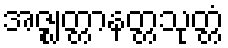
အဇ္ဈတ္တာနတ္တသုတ္တံ